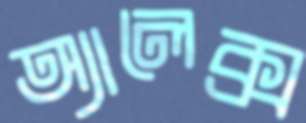
অ্যালেক্স